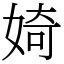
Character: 婍